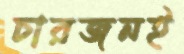
চারজনই